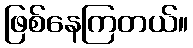
ဖြစ်နေကြတယ်။